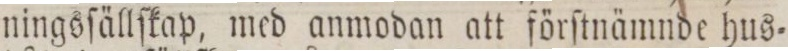
ningsſällſkap, med anmodan att förſtnämnde hus=